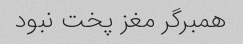
همبرگر مغز پخت نبود